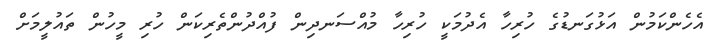
އެހެންކަމުން އަޅުގަނޑުގެ ހުރިހާ އެދުމަކީ ހުރިހާ މުއްސަނދިން ފުއްދުންތެރިކަން ހުރި މީހުން ތައުލީމަށް